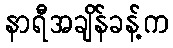
နာရီအချိန်ခန့်က